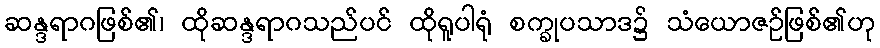
ဆန္ဒရာဂဖြစ်၏၊ ထိုဆန္ဒရာဂသည်ပင် ထိုရူပါရုံ စက္ခုပသာဒ၌ သံယောဇဉ်ဖြစ်၏ဟု